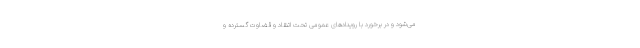
می‌شود و در برخورد با رویدادهای عمومی تحت اتنقاد و قضاوت گسترده و